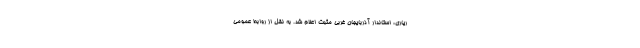
ریاری، استاندار آذربایجان غربی مثبت اعلام شد. به نقل از روابط عمومی